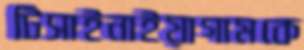
টিসাইনাইয়াগামকে